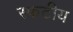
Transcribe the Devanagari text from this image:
स्फटीय